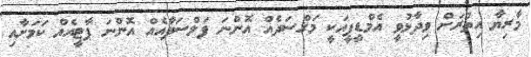
މާރިޔާ އިތުރަށް ވިދާޅުވީ އެމްޑީޕީއަކީ މަޤްސަދެއް އޮންނަ ފަލްސަފާއެއް އޮންނަ ޕާޓީއެއް ކަމަށާއި